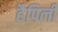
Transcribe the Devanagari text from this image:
हैपिली